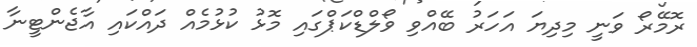
ރޮމޭރޯ ވަނީ މިދިޔަ އަހަރު ބޭއްވި ވޯލްޑްކަޕްގައި މޮޅު ކުޅުމެއް ދައްކައި އާޖެންޓީނާ